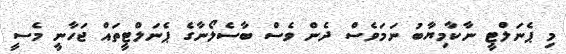
މި ޕެނަލްޓީ ނާކާމިޔާބު ނަމަވެސް ދެން ވެސް ބާސެލޯނާގެ ޕެނަލްޓީތައް ޖަހާނީ މެސީ